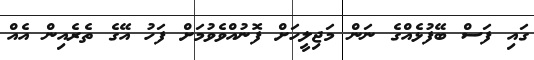
ގައި ފަސް ބޭފުޅެއްގެ ނަން މަޖިލީހަށް ފޮނުއްވެވުމަށް ފަހު އޭގެ ތެރެއިން އެއް